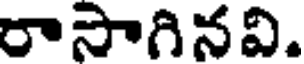
రాసాగినవి.